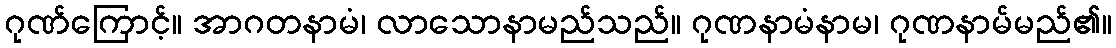
ဂုဏ်ကြောင့်။ အာဂတနာမံ၊ လာသောနာမည်သည်။ ဂုဏနာမံနာမ၊ ဂုဏနာမ်မည်၏။